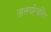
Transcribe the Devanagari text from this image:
तालपरिवर्तित